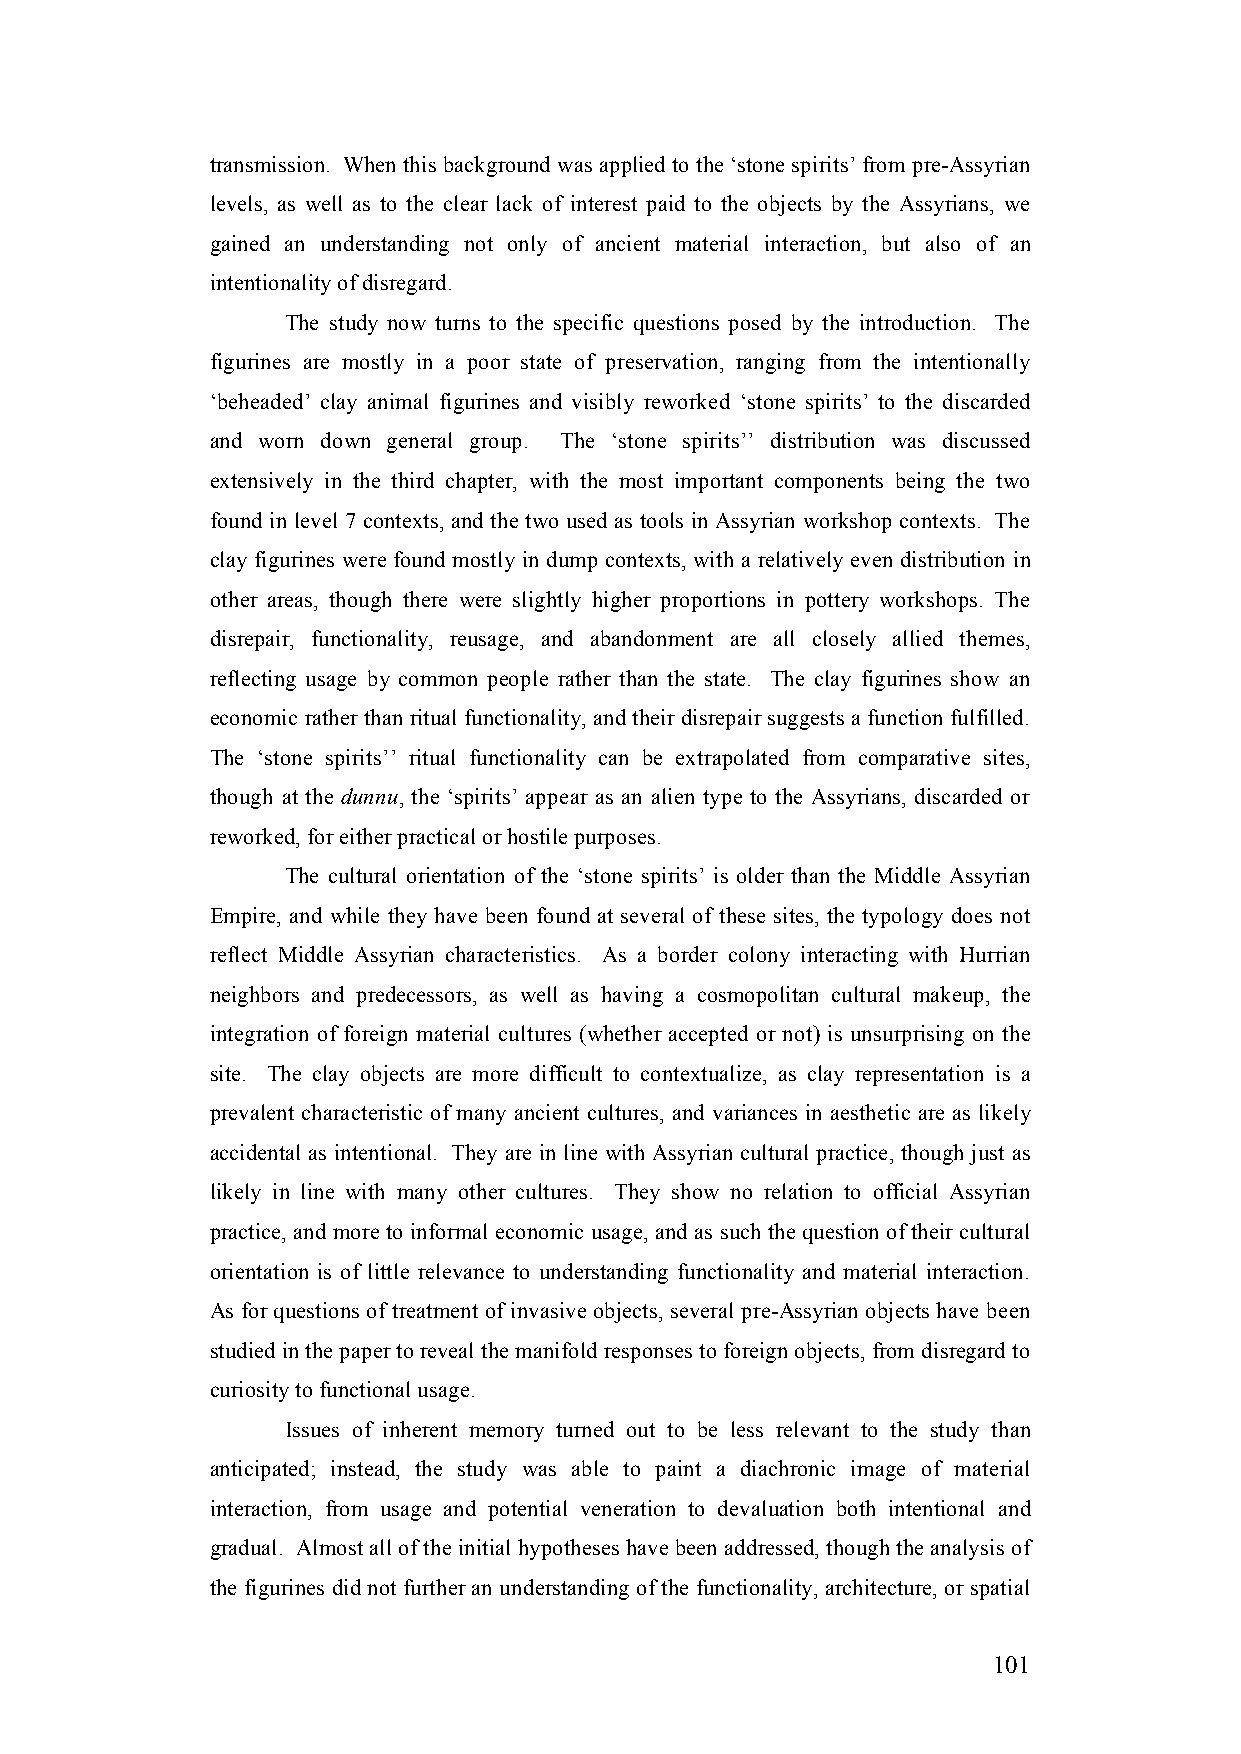
transmission. When this background was applied to the ‘stone spirits’ from pre-Assyrian
 levels, as well as to the clear lack of interest paid to the objects by the Assyrians, we
 gained an understanding not only of ancient material interaction, but also of an
 intentionality of disregard.
 The study now turns to the specific questions posed by the introduction. The
 figurines are mostly in a poor state of preservation, ranging from the intentionally
 ‘beheaded’ clay animal figurines and visibly reworked ‘stone spirits’ to the discarded
 and worn down general group. The ‘stone spirits’’ distribution was discussed
 extensively in the third chapter, with the most important components being the two
 found in level 7 contexts, and the two used as tools in Assyrian workshop contexts. The
 clay figurines were found mostly in dump contexts, with a relatively even distribution in
 other areas, though there were slightly higher proportions in pottery workshops. The
 disrepair, functionality, reusage, and abandonment are all closely allied themes,
 reflecting usage by common people rather than the state. The clay figurines show an
 economic rather than ritual functionality, and their disrepair suggests a function fulfilled.
 The ‘stone spirits’’ ritual functionality can be extrapolated from comparative sites,
 though at the dunnu, the ‘spirits’ appear as an alien type to the Assyrians, discarded or
 reworked, for either practical or hostile purposes.
 The cultural orientation of the ‘stone spirits’ is older than the Middle Assyrian
 Empire, and while they have been found at several of these sites, the typology does not
 reflect Middle Assyrian characteristics. As a border colony interacting with Hurrian
 neighbors and predecessors, as well as having a cosmopolitan cultural makeup, the
 integration of foreign material cultures (whether accepted or not) is unsurprising on the
 site. The clay objects are more difficult to contextualize, as clay representation is a
 prevalent characteristic of many ancient cultures, and variances in aesthetic are as likely
 accidental as intentional. They are in line with Assyrian cultural practice, though just as
 likely in line with many other cultures. They show no relation to official Assyrian
 practice, and more to informal economic usage, and as such the question of their cultural
 orientation is of little relevance to understanding functionality and material interaction.
 As for questions of treatment of invasive objects, several pre-Assyrian objects have been
 studied in the paper to reveal the manifold responses to foreign objects, from disregard to
 curiosity to functional usage.
 Issues of inherent memory turned out to be less relevant to the study than
 anticipated; instead, the study was able to paint a diachronic image of material
 interaction, from usage and potential veneration to devaluation both intentional and
 gradual. Almost all of the initial hypotheses have been addressed, though the analysis of
 the figurines did not further an understanding of the functionality, architecture, or spatial
 101